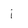
Character: i